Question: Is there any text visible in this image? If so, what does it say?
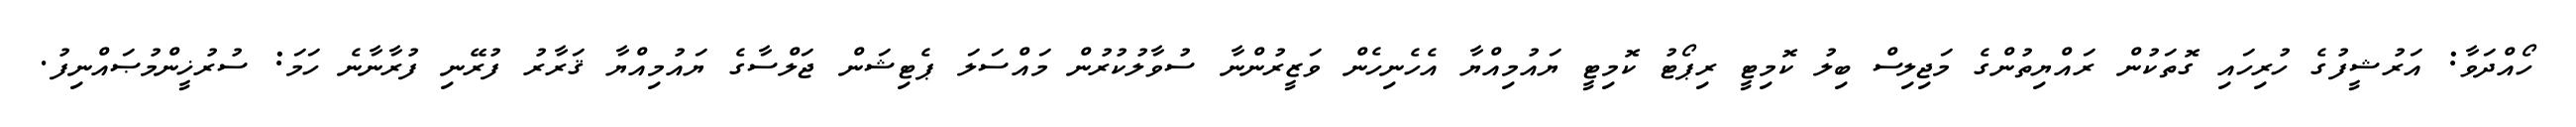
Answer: ހޯއްދަވާ: އަރުޝީފުގެ ހުރިހައި ގޮތަކުން ރައްޔިތުންގެ މަޖިލިސް ބިލު ކޮމިޓީ ރިޕޯޓު ކޮމިޓީ ޔައުމިއްޔާ އެހެނިހެން ވަޒީރުންނާ ސުވާލުކުރުން މައްސަލަ ޕެޓިޝަން ޖަލްސާގެ ޔައުމިއްޔާ ޤަރާރު ފުރޭނި ފުރާނާނެ ހަމަ: ސުރުޚީންމުޞައްނިފު.